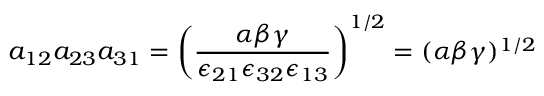
a _ { 1 2 } a _ { 2 3 } a _ { 3 1 } = \left( \frac { \alpha \beta \gamma } { \epsilon _ { 2 1 } \epsilon _ { 3 2 } \epsilon _ { 1 3 } } \right) ^ { 1 / 2 } = ( \alpha \beta \gamma ) ^ { 1 / 2 }